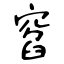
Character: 窞